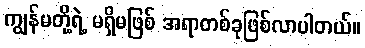
ကျွန်မတို့ရဲ့ မရှိမဖြစ် အရာတစ်ခုဖြစ်လာပါတယ်။